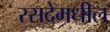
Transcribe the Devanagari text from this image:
रसदेमधील